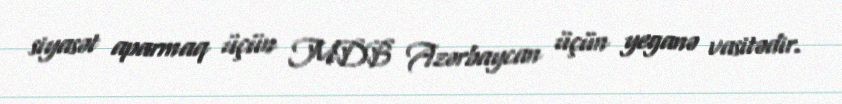
siyasət aparmaq üçün MDB Azərbaycan üçün yeganə vasitədir.